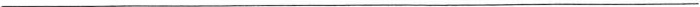
___